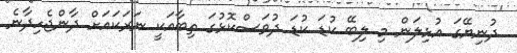
ދުނިޔޭގަ އުޅިލަން މި ލިބޭ ކުޑަ ކުޑަ ދުވަސްކޮޅުގަ ތިބާއަކީ ނަރަކައަށް ދާންޖެހިދާނެ